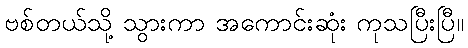
ဗစ်တယ်သို့ သွားကာ အကောင်းဆုံး ကုသပြီးပြီ။